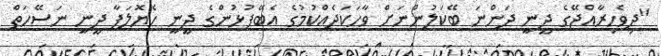
"ދިވެހިރާއްޖޭގެ ދީނީ ދަންނަ ބޭކަލުންނަށް ވާހަކަދެއްކުމުގެ އެބޭފުޅުންގެ ދީނީ ހެޔޮލަފާ ދީނީ ނަސޭހަތް